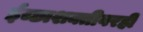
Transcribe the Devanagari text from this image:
ईच्छाशक्तीवरही